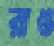
রাঙ